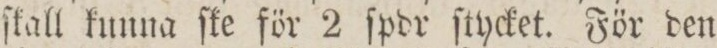
ſkall kunna ſke för 2 ſpdr ſtycket. För den